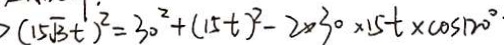
> ( 1 5 \sqrt { 3 } t ) ^ { 2 } = 3 0 ^ { 2 } + ( 1 5 t ) ^ { 2 } - 2 \times 3 0 \times 1 5 t \times \cos 1 2 0 ^ { \circ }